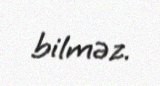
bilməz.